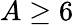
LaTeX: A\ge 6